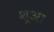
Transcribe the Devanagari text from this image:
शूआ